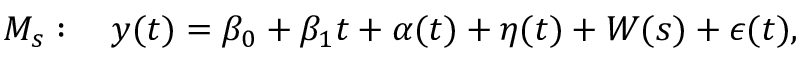
\begin{array} { r } { M _ { s } : ~ ~ ~ y ( t ) = \beta _ { 0 } + \beta _ { 1 } t + \alpha ( t ) + \eta ( t ) + W ( s ) + \epsilon ( t ) , } \end{array}